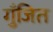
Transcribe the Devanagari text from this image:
गुँजित